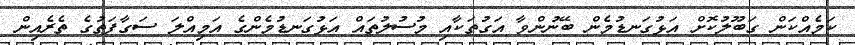
ކަމެއްކަން ގަބޫލުކޮށް އަޅުގަނޑުމެން ބޭނުންވާ އަގުތަކާއި މުސުލުތައް އަޅުގަނޑުމެންގެ އަމިއްލަ ސަގާފަތުގެ ތެރެއިން